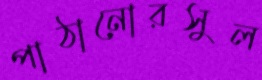
পাঠানোরসুল